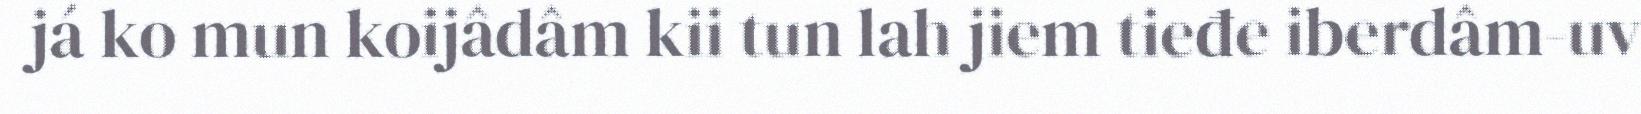
já ko mun koijâdâm kii tun lah jiem tieđe iberdâm-uv